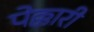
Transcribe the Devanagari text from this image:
पेक्कारी